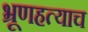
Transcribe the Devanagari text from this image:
भ्रूणहत्याच